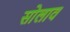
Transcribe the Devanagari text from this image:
सोलाव